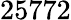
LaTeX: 25772